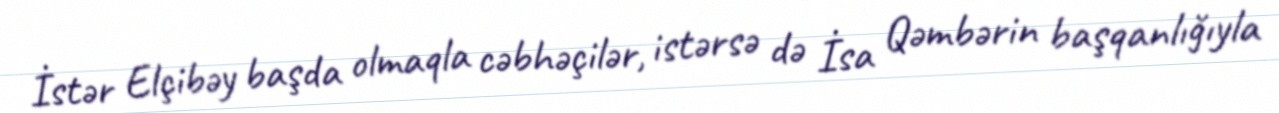
İstər Elçibəy başda olmaqla cəbhəçilər, istərsə də İsa Qəmbərin başqanlığıyla